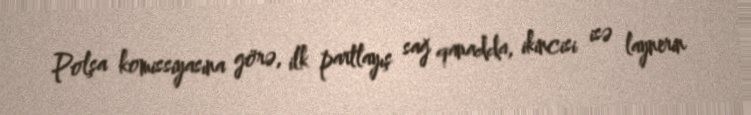
Polşa komissiyasına görə, ilk partlayış sağ qanadda, ikincisi isə laynerin